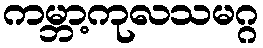
ကမ္ဘာ့ကုလသမဂ္ဂ